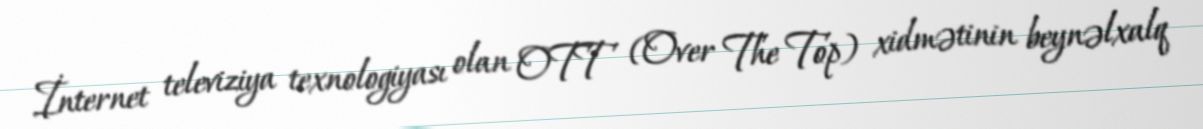
İnternet televiziya texnologiyası olan OTT (Over The Top) xidmətinin beynəlxalq